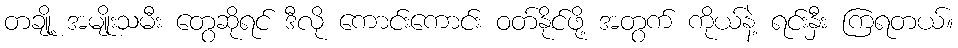
တချို့ အမျိုးသမီး တွေဆိုရင် ဒီလို ကောင်းကောင်း ဝတ်နိုင်ဖို့ အတွက် ကိုယ်နဲ့ ရင်းနှီး ကြရတယ်။